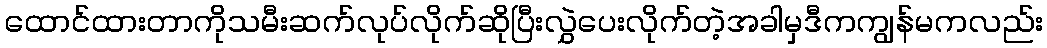
ထောင်ထားတာကိုသမီးဆက်လုပ်လိုက်ဆိုပြီးလွှဲပေးလိုက်တဲ့အခါမှဒီကကျွန်မကလည်း